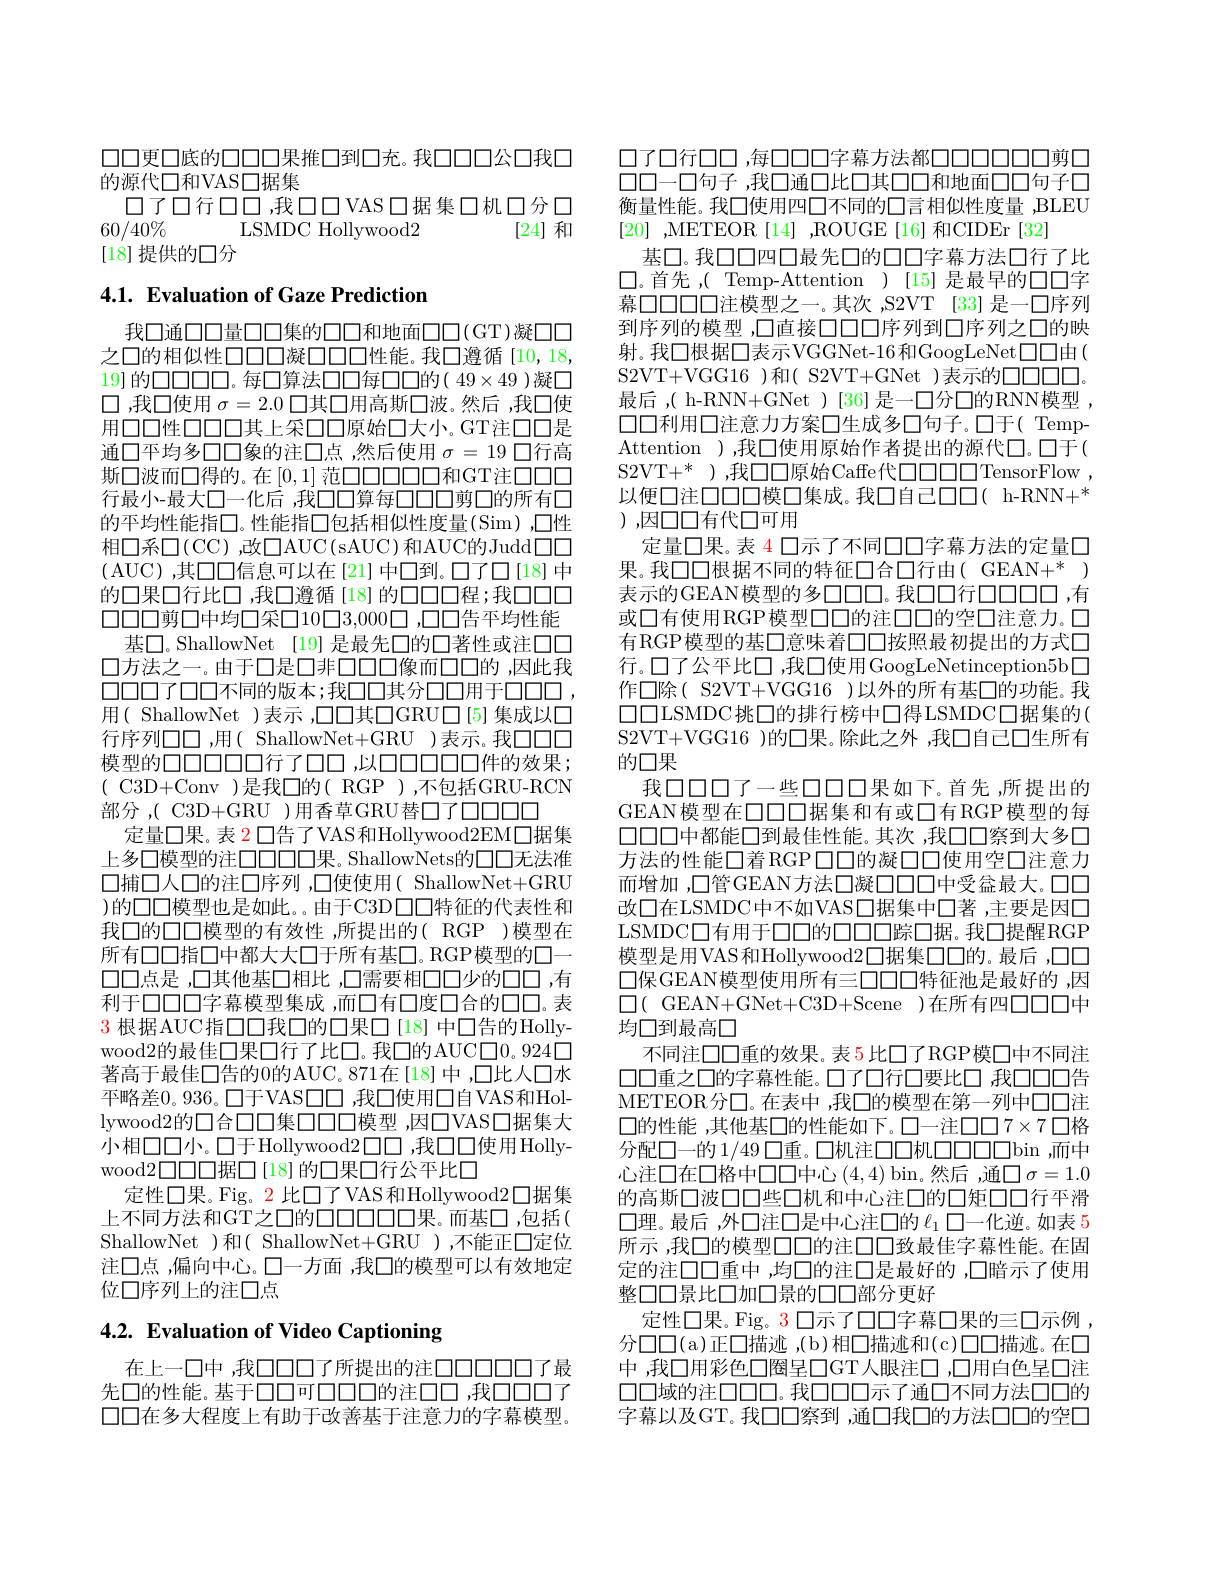
口口更口底的口口口果推口到口充。我口口公口我口
的源代口和VAS口据集
口了口行口口，我口口VAS口据集口机口分口
$60/40\%$
LSMDC Hollywood2
[24]和
[18]提供的口分

# 4.1. Evaluation of Gaze Prediction

我口通口口量口口集的口口和地面口口(GT)凝$\square\square$ 之口的相似性口口口凝口口口性能。我口遵循[10,18, 19] 的口口口口口。每口算法口口每口口的( 49×49 )凝口$\square$ ,我口使用$\sigma=2.0$口其口用高斯口波。然后 ,我口使用口口性口口口其上采口口原始口大小。GT注口口是通口平均多口口象的注口点 ,然后使用$\sigma=19$口行高斯口波而口得的。在[0,1] 范口口口口和GT注口口口行最小-最大口一化后 ,我口口算每口口口剪口的所有口的平均性能指口。性能指口包括相似性度量(Sim),口性相口系口(CC),改$\square$AUC(sAUC)和AUC的Judd$\square\square\square$ ( AUC),其口口信息可以在[21] 中口到。口了口[18] 中的口果口行比口 ,我口遵循 [18] 的口口口口程；我口口口$\square\square\square\square$剪口中均口采口10口3，0000,口口口告平均性能
基□。ShallowNet [19] 是最先口的口著性或注口口口方法之一。由于口是口非口口口像而口口的，因此我$\square\square\square\square 了\square\square\square$不同的版本；我口口其分口口用于口口口口， 用( ShallowNet )表示，口口其口GRU$\square$[5]集成以口行序列口口 ,用( ShallowNet+GRU )表示。我口口口模型的口口口口口行了口口，以口口口口口件的效果； (C3D+Conv )是我口的(RGP ),不包括GRU-RCN 部分，( C3D+GRU )用香草GRU替□了口口口口
定量口果。表 2 口告了VAS和Hollywood2EM口据集上多口模型的注口口口口果。ShallowNets的口口无法准口捕口人口的注口序列 ,口使使用( ShallowNet+GRU )的口口模型也是如此。由于C3D口口特征的代表性和我口的口口模型的有效性 ,所提出的( RGP )模型在所有口口指口中都大大口于所有基口。RGP模型的口一口口点是 ,口其他基口相比 ,口需要相口口少的口口 ,有利于口口口字幕模型集成，而口有口度口合的口口。表$\color{red}{3\text{ 根据AUC指口口我口的口果口[18] 中口告的Holly-}}$ wood2的最佳口果口行了比口。我口的AUC□0。924$\square$ 著高于最佳口告的0的AUC。871在[18]中，口比人口水平略差0。936。口于VAS口口，我口使用口自VAS和Hollywood2的口合口口集口口口模型，因口VAS口据集大小相口口小。口于Hollywood2口口，我口口使用Hollywood2口口口据口[18]的口果口行公平比口
定性口果。Fig。2 比口了VAS和Hollywood2口据集上不同方法和GT之口的口口口口口口果。而基口，包括( ShallowNet )和( ShallowNet+GRU ),不能正口定位注口点 ,偏向中心。口一方面 ,我口的模型可以有效地定位口序列上的注口点

# 4.2. Evaluation of Video Captioning

在上一口中 ,我口口口了所提出的注口口口口口口了最先口的性能。基于口口可口口口的注口口，我口口口了口口在多大程度上有助于改善基于注意力的字幕模型。

口了口行口口，每口口口字幕方法都口口口口口剪口$\square\square\square-\square$句子，我口通口比口其口口和地面口口句子口衡量性能。我口使用四口不同的口言相似性度量 ,BLEU [20] ,METEOR [14] ,ROUGE [16] 和CIDEr [32]
基□。我□□四囗最先口的口口字幕方法口行了比$\square$。首先，( Temp-Attention )[15] 是最早的口口字幕口口口口口注模型之一。其次，S2VT [33] 是一口序列到序列的模型 ,口直接口口口序列到口序列之口的映射。我口根据口表示VGGNet-16和GoogLeNet D口由( S2VT+VGG16 )和( S2VT+GNet )表示的口口口口最后，( h-RNN+GNet )[36]是一口分口的RNN模型， 口口利用口注意力方案口生成多口句子。口于( TempAttention ),我□使用原始作者提出的源代口。口于( S2VT+*),我口口原始Caffe代口口口口TensorFlow， 以便口注口口口模口集成。我口自己口口( h-RNN+* ),因口口有代口可用
定量口果。表 4 口示了不同口口字幕方法的定量口$果。我口口根据不同的特征口合口行由(GEAN+^*)$ 表示的GEAN模型的多口口口。我口口行口口口口，有或口有使用RGP模型口口的注口口的空口注意力。口有RGP模型的基口意味着口口按照最初提出的方式口行。口了公平比口，我口使用GoogLeNetinception5b口作口除( S2VT+VGG16 )以外的所有基口的功能。我$\square\square\square$LSMDC挑口的排行榜中口得LSMDC口据集的( S2VT+VGG16 )的□果。除此之外 ,我口自己口生所有的口果
我口口口了一些口口口果如下。首先，所提出的GEAN模型在口口口据集和有或口有RGP模型的每$\square\square\square\square$中都能口到最佳性能。其次，我口口察到大多口方法的性能口着RGP$\square\square\square$的凝口口使用空口注意力而增加 ,口管GEAN方法口凝口口口中受盒最大。口口改口在LSMDC中不如VAS□据集中囗著，主要是因口LSMDC口有用于口口的口口口踪口据。我口提醒RGP 模型是用VAS和Hollywood2□据集囗口的。最后，$\square\square$ 口保GEAN模型使用所有三口口口特征池是最好的 ,因$\square ($ GEAN+ GNet+ C3D+ Scene $) 在 所 有 四 \square \square \square$中均口到最高口
不同注口口重的效果。表5比口了RGP模口中不同注口口重之口的字幕性能。口了口行口要比口 我口口口告METEOR分$\square$。在表中，我口的模型在第一列中口口注口的性能 ,其他基口的性能如下。口一注口口7×7口格分配口一的1/49口重。口机注口口机口口口bin ,而中心注口在口格中口口中心(4,4)bin。然后，通口$\sigma=1.0$ 的高斯口波口口些口机和中心注口的口矩口口行平滑$\square$理。最后，外口注口是中心注口的 $\ell_1\square$一化逆。如表 5所示，我口的模型口口的注口口致最佳字幕性能。在固定的注口口重中，均口的注口是最好的 ,口暗示了使用整口口景比口加口景的口口部分更好
定性口果。Fig。3 口示了口口字幕口果的三口示例， 分口口(a)正口描迹，(b)相口描迹和(c)口口描迹。在口中，我口用彩色口圈呈口GT人眼注口 ,口用白色呈口注口口域的注口口口。我口口口示了通口不同方法口口的字幕以及GT。我口口察到 ,通口我口的方法口口的空口